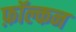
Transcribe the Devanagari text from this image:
फ़ॉल्कन